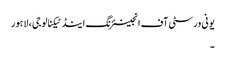
یونی ورسٹی آف انجینئرنگ اینڈ ٹیکنالوجی ، لاہور
۔